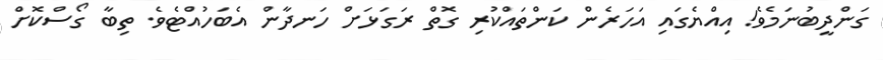
ގަންދީބުނަމެވެ! އިއްޔެގައި އަހަރެން ކަންތައްކުރި ގޮތް ރަގަޅަށް ހަނދާން އެބަހުއްޓެވެ. ތިބާ ގޯސްކޮށް